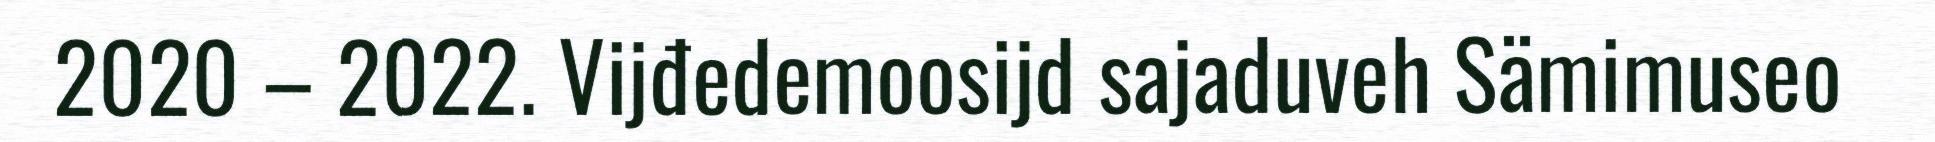
2020 – 2022. Vijđedemoosijd sajaduveh Sämimuseo